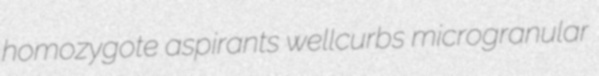
homozygote aspirants wellcurbs microgranular